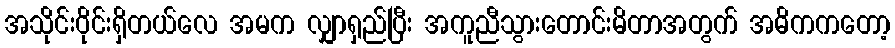
အသိုင်းဝိုင်းရှိတယ်လေ အမက လျှာရှည်ပြီး အကူညီသွားတောင်းမိတာအတွက် အဓိကကတော့